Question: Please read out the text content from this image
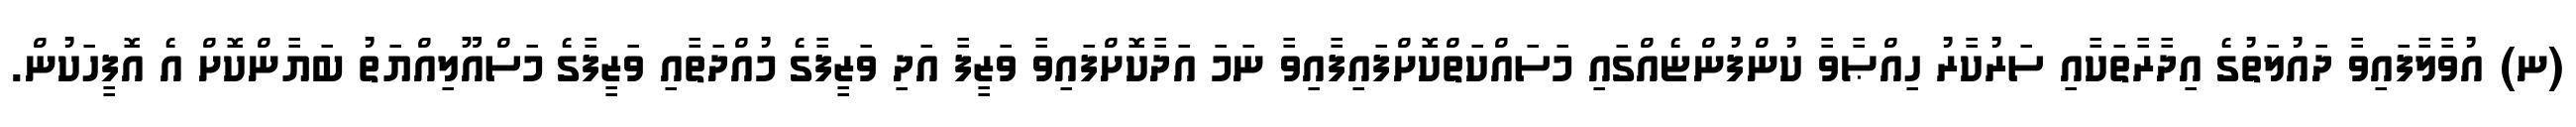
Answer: (ނ) އުވާލާފައިވާ ދައުލަތުގެ އިދާރާތަކާއި ސަރުކާރު ހިއްޞާވާ ކުންފުންޏެއްގައި މަސައްކަތްކޮށްފައިފާއިވާ ނަމަ އަދާކޮށްފައިވާ ވަޒީފާ އަދި ވަޒީފާގެ މުއްދަތާއި ވަޒީފާގެ މަސްއޫލިއްޔަތު ބަޔާންކޮށް އެ އޮފީހަކުން.